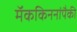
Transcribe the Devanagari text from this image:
मॅककिननांपैकी